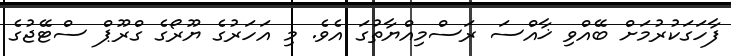
ފާހަގަކުރުމަަށް ބޭއްވި ޚާއްސަ ރަސްމިއްޔާތުގަ އެވެ. މި އަހަރުގެ ޔޫރޯގެ ގްރޫޕް ސްޓޭޖުގެ